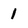
Character: 1